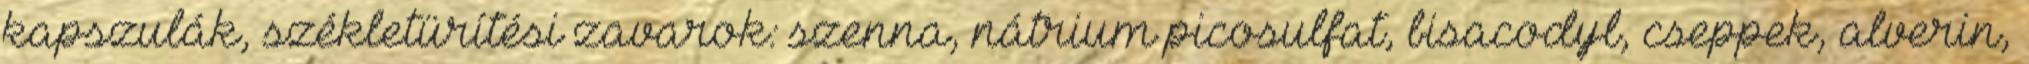
kapszulák, székletürítési zavarok: szenna, nátrium picosulfat, bisacodyl, cseppek, alverin,